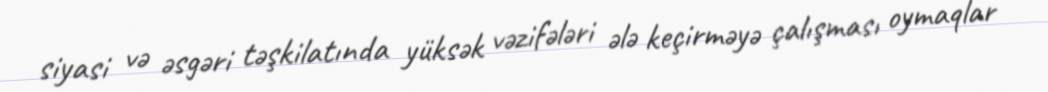
siyasi və əsgəri təşkilatında yüksək vəzifələri ələ keçirməyə çalışması oymaqlar